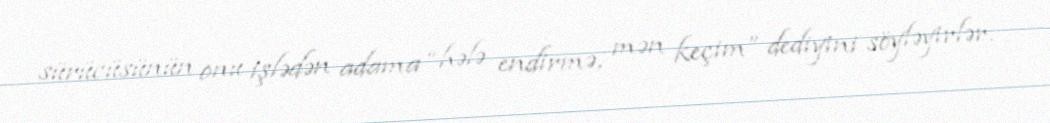
sürücüsünün onu işlədən adama “hələ endirmə, mən keçim” dediyini söyləyirlər.